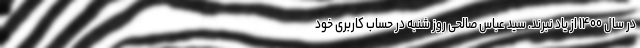
در سال ۱۴۰۰ از یاد نبرند. سید عباس صالحی روز شنبه در حساب کاربری خود